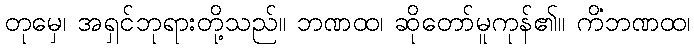
တုမှေ၊ အရှင်ဘုရားတို့သည်။ ဘဏထ၊ ဆိုတော်မူကုန်၏။ ကိံဘဏထ၊